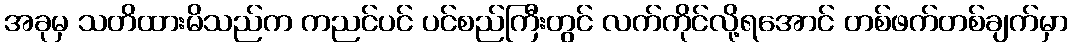
အခုမှ သတိထားမိသည်က ကညင်ပင် ပင်စည်ကြီးတွင် လက်ကိုင်လို့ရအောင် တစ်ဖက်တစ်ချက်မှာ